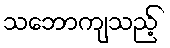
သဘောကျသည့်